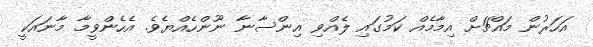
އަހަރުން މައްޗަށް އިމާމެއް ކަމުގައި ލެއްވި އިންސާނާ ނޫންހެއްޔެވެ. އެހެންވީމާ މާނައަކީ